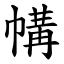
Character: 㡚